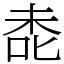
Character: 㖝